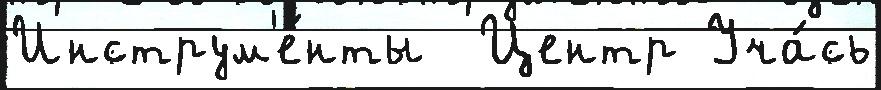
Инструм'е́нты  Центр Уча́сь